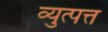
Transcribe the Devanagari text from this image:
व्युत्पत्त